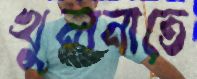
খুলনাতে